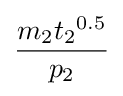
{\frac {m_{2}{t_{2}}^{0.5}}{p_{2}}}